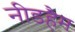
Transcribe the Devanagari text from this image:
नीडहैम